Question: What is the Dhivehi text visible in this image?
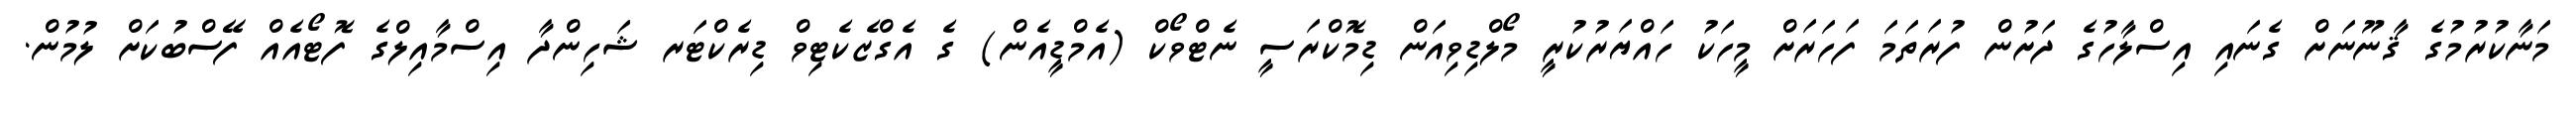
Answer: މަނާކުރުމުގެ ޤާނޫނަށް ގެނައި އިސްލާހުގެ ދަށުން ފުރަތަމަ ފަހަރަށް މީހަކު ހައްޔަރުކުރީ މޯލްޑިވިއަން ޑިމޮކްރަސީ ނެޓްވޯކް (އެމްޑީއެން) ގެ އެގްޒެކެޓިވް ޑިރެކްޓަރ ޝަހިންދާ އިސްމާއިލްގެ ފޮޓޯއެއް ފޭސްބުކަށް ލުމުން.